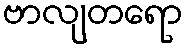
ဗာလျတရော